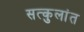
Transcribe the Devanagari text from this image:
सत्कुलांत